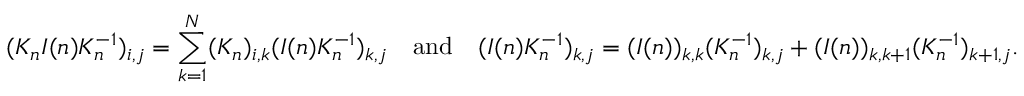
( K _ { n } I ( n ) K _ { n } ^ { - 1 } ) _ { i , j } = \sum _ { k = 1 } ^ { N } ( K _ { n } ) _ { i , k } ( I ( n ) K _ { n } ^ { - 1 } ) _ { k , j } \quad \mathrm { a n d } \quad ( I ( n ) K _ { n } ^ { - 1 } ) _ { k , j } = ( I ( n ) ) _ { k , k } ( K _ { n } ^ { - 1 } ) _ { k , j } + ( I ( n ) ) _ { k , k + 1 } ( K _ { n } ^ { - 1 } ) _ { k + 1 , j } .